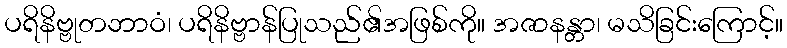
ပရိနိဗ္ဗုတဘာဝံ၊ ပရိနိဗ္ဗာန်ပြုသည်၏အဖြစ်ကို။ အဇာနန္တာ၊ မသိခြင်းကြောင့်။